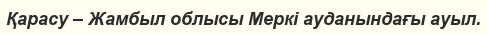
Қарасу – Жамбыл облысы Меркі ауданындағы ауыл.